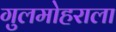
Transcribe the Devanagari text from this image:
गुलमोहराला